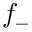
f _ { - }